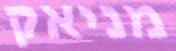
מניאק